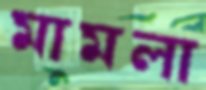
মামলা